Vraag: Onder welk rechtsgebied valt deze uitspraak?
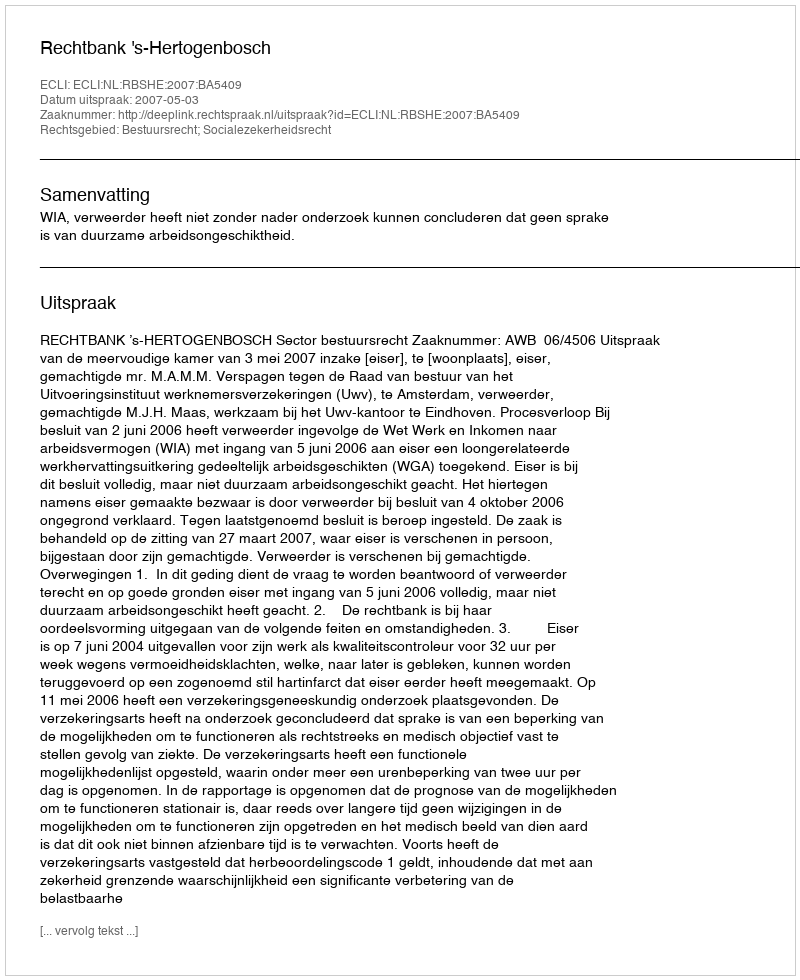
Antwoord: Bestuursrecht; Socialezekerheidsrecht